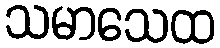
သမာသေထ